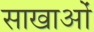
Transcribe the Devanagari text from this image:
साखाओं